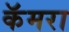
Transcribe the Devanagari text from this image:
कॅमरा